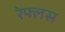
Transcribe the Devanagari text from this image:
रेफ्लस